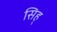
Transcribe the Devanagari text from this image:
सिह्